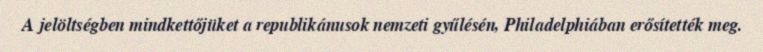
A jelöltségben mindkettőjüket a republikánusok nemzeti gyűlésén, Philadelphiában erősítették meg.